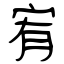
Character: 宥